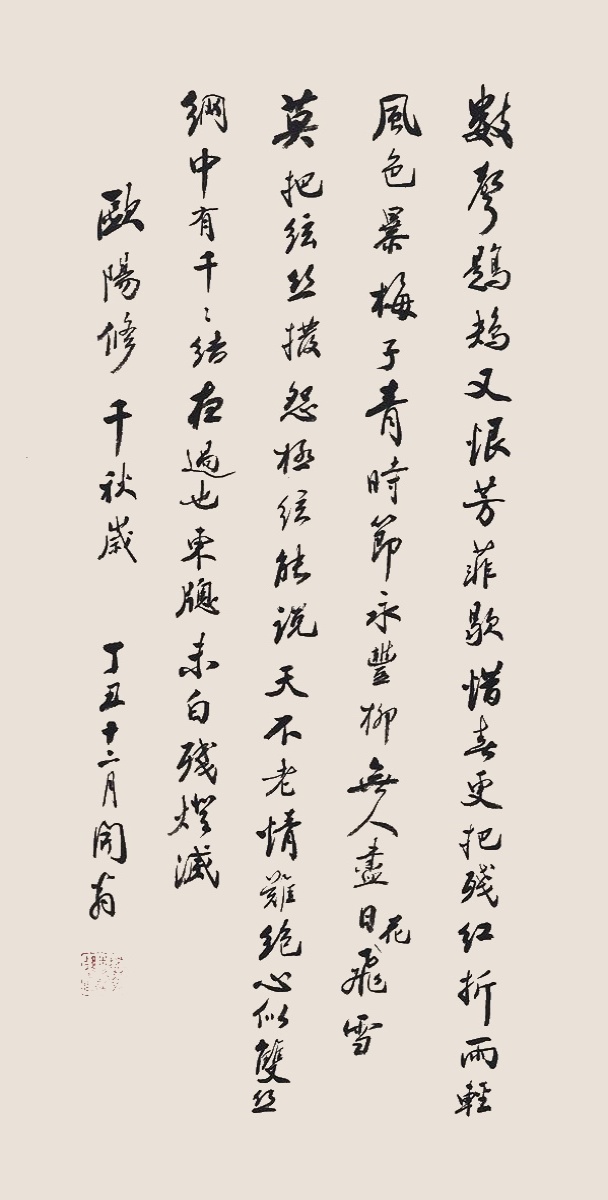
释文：数声𫛸𫛛，又报芳菲歇。惜春更选残红折。雨轻风色暴，梅子青时节。永丰柳，无人尽日花飞雪。莫把弦丝拨，怨极弦能说。天不老，情难绝。心似双丝网，中有千千结。夜过也，东窗未白残灯灭。欧阳修千秋岁，丁丑十二月，开翁。